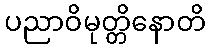
ပညာဝိမုတ္တိနောတိ